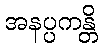
အနပ္ပကန္တိ